Annual report on the Civil Veterinary Department, Burma (including the Insein Veterinary School) - 1932-1941
Year: 1932
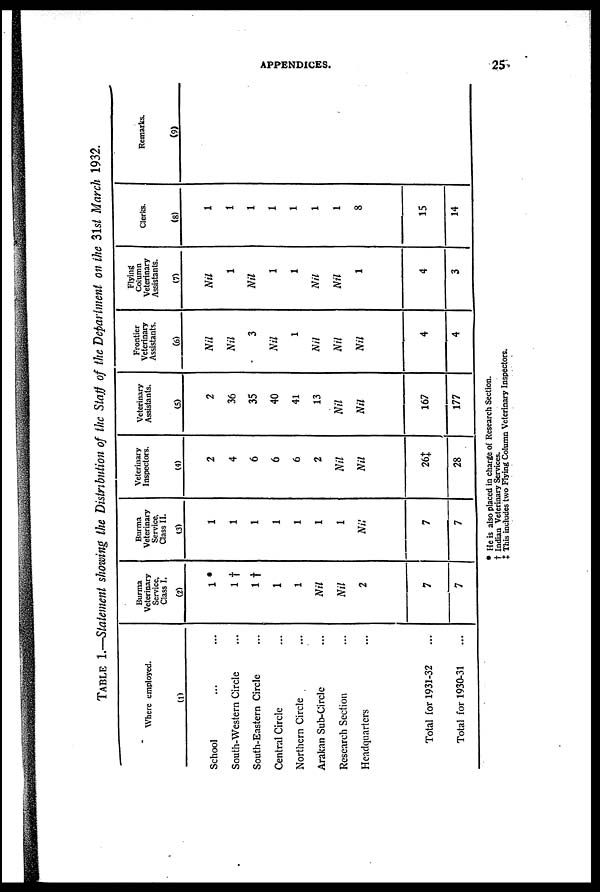
APPENDICES.
25
TABLE 1.—Statement showing the Distribution of the Staff of the Department on the 31st March 1932.
Where employed.
(1)
School ... ...
South-Western Circle ...
South-Eastern Circle ...
Central Circle ...
Northern Circle ...
Arakan Sub-Circle ...
Research Section ...
Headquarters ...
Total for 1931-32 ...
Total for 1930-31 ...
Burma
Veterinary
Service,
Class I.
(2)
1 *
1†
1†
1
1
Nil
Nil
2
7
7
Burma
Veterinary
Service.
Class II.
(3)
1
1
1
1
1
1
1
Nil
7
7
Veterinary
Inspectors.
(4)
2
4
6
6
6
2
Nil
Nil
26‡
28
Veterinary
Assistants.
(5)
2
36
35
40
41
13
Nil
Nil
167
177
Frontier
Veterinary
Assistants.
(6)
Nil
Nil
3
Nil
1
Nil
Nil
Nil
4
4
Flying
Column
Veterinary
Assistants.
(7)
Nil
1
Nil
1
1
Nil
Nil
1
4
3
Clerks.
(8)
1
1
1
1
1
1
1
8
15
14
Remarks.
(9)
* He is also placed in charge of Research Section.
† Indian Veterinary Services.
‡ This includes two Flying Column Veterinary Inspectors.